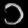
Digit: ၁